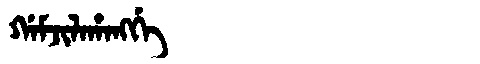
Manchu: ᡤᠠᠮᠵᡳᠯᠠᡥᠠᠩᡤᡝ
Romanization: GAMJILAHANGGE